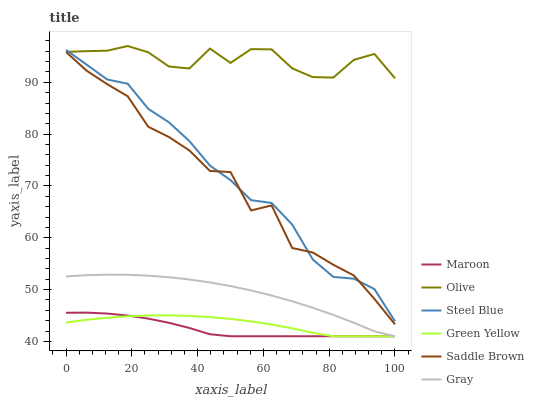
| xaxis_label | Maroon | Olive | Steel Blue | Green Yellow | Saddle Brown | Gray |
 | --- | --- | --- | --- | --- | --- | --- |
 | 0 | 45.5 | 95.9 | 96.3 | 43.6 | 95.8 | 52.5 |
 | 6.25 | 45.6 | 96 | 93.4 | 44.2 | 92.2 | 52.8 |
 | 12.5 | 45.4 | 96.1 | 90.5 | 44.6 | 89.6 | 52.9 |
 | 18.8 | 45 | 97 | 89.7 | 44.9 | 87.3 | 52.9 |
 | 25 | 44.4 | 95.8 | 84.9 | 45 | 81.4 | 52.7 |
 | 31.2 | 43.6 | 93.1 | 82.3 | 45 | 79.5 | 52.4 |
 | 37.5 | 42.6 | 92.7 | 78.7 | 44.9 | 76.8 | 52 |
 | 43.8 | 41.4 | 96.5 | 73.9 | 44.7 | 72.9 | 51.4 |
 | 50 | 41 | 93.7 | 71.1 | 44.3 | 72.7 | 50.7 |
 | 56.2 | 41 | 96.4 | 67.3 | 43.9 | 65.3 | 49.8 |
 | 62.5 | 41 | 96.3 | 66.7 | 43.3 | 66.2 | 48.9 |
 | 68.8 | 41 | 92.7 | 62.6 | 42.5 | 58 | 47.8 |
 | 75 | 41 | 91 | 55.8 | 41.7 | 57.2 | 46.5 |
 | 81.2 | 41 | 90.9 | 52.4 | 41 | 54.8 | 45.1 |
 | 87.5 | 41 | 94.3 | 52.1 | 41 | 52.7 | 43.6 |
 | 93.8 | 41 | 95.5 | 50.1 | 41 | 48.2 | 42 |
 | 100 | 41 | 90.8 | 43.9 | 41 | 43.3 | 41 |